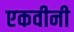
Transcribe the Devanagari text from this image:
एकवीनी